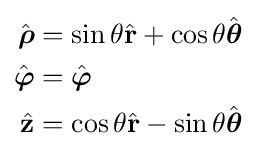
{\begin{aligned}{\hat {\boldsymbol {\rho }}}&=\sin \theta {\hat {\mathbf {r} }}+\cos \theta {\hat {\boldsymbol {\theta }}}\\{\hat {\boldsymbol {\varphi }}}&={\hat {\boldsymbol {\varphi }}}\\{\hat {\mathbf {z} }}&=\cos \theta {\hat {\mathbf {r} }}-\sin \theta {\hat {\boldsymbol {\theta }}}\end{aligned}}